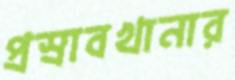
প্রস্রাবখানার